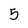
Character: 5